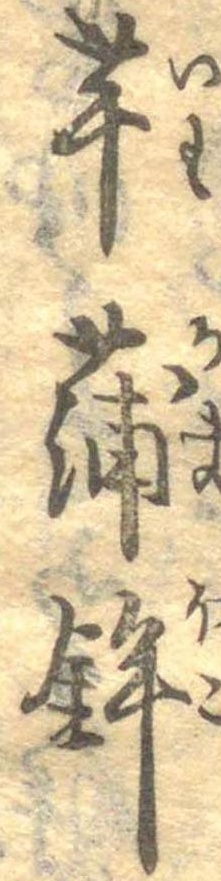
芋蒲鉾